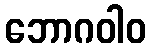
ဘောဂဝါဝ